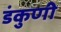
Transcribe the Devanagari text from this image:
डंकुणी